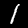
Label: 1